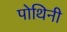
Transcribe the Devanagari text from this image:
पोथिनी